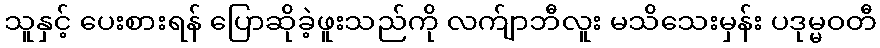
သူနှင့် ပေးစားရန် ပြောဆိုခဲ့ဖူးသည်ကို လက်ျာဘီလူး မသိသေးမှန်း ပဒုမ္မဝတီ